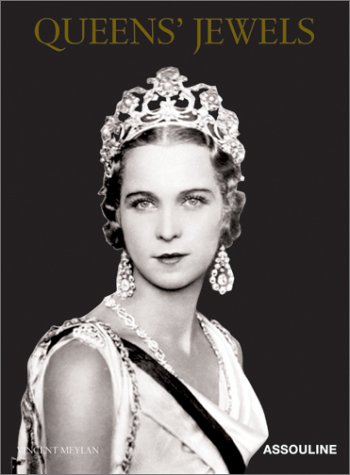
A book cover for Queens' Jewels; Vincent Meylan; Humor & Entertainment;